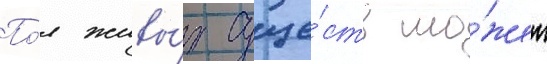
По́л живы́х суще́ств мо́жет